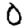
Digit: 0